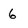
Character: 6